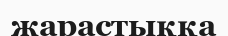
жарастыққа